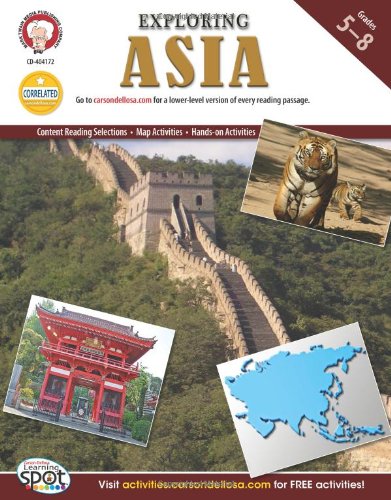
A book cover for Exploring Asia, Grades 5 - 8 (Continents of the World); Michael Kramme Ph.D.; Children's Books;